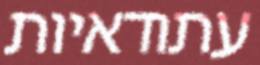
עתודאיות